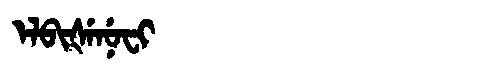
Manchu: ᡝᠯᠪᡳᡧᡝᠨᡠᠸᡳ
Romanization: ELBIŠENUFI